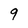
Character: 9